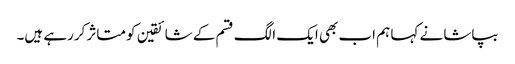
بپاشا نے کہا ہم اب بھی ایک الگ قسم کے شائقین کو متاثر کررہے ہیں۔